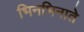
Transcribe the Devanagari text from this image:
भिनभिनाते